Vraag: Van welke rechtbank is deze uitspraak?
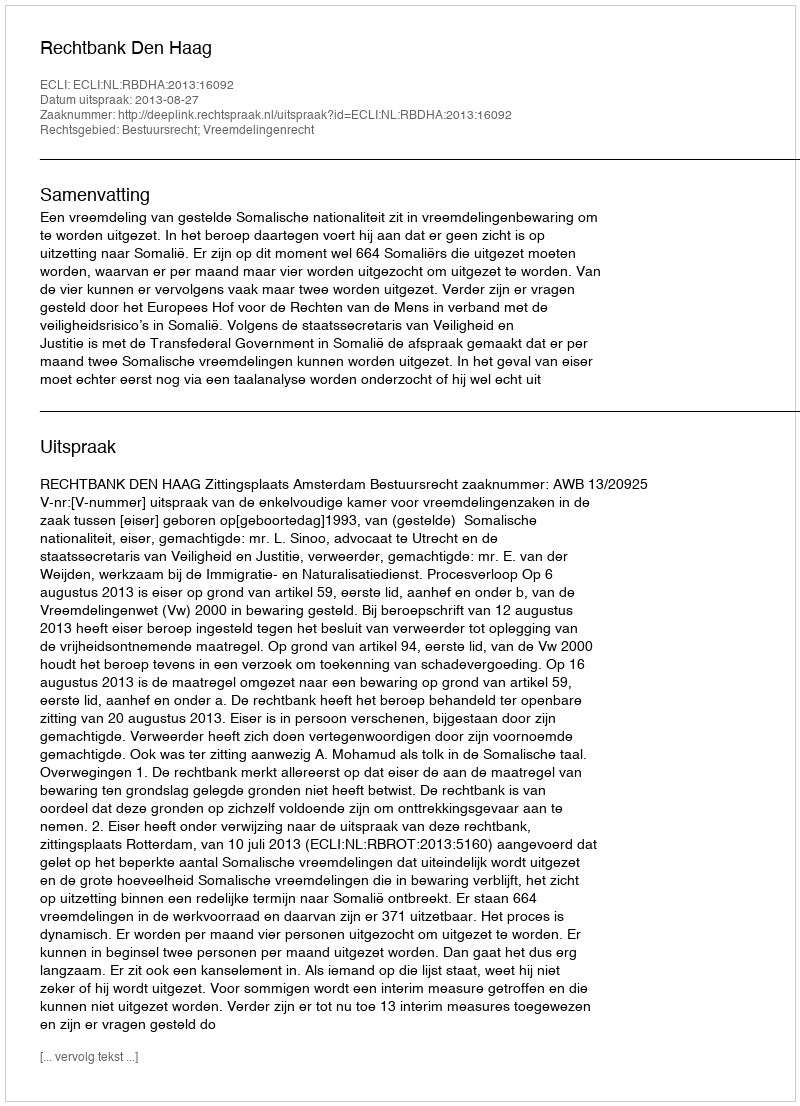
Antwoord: Rechtbank Den Haag